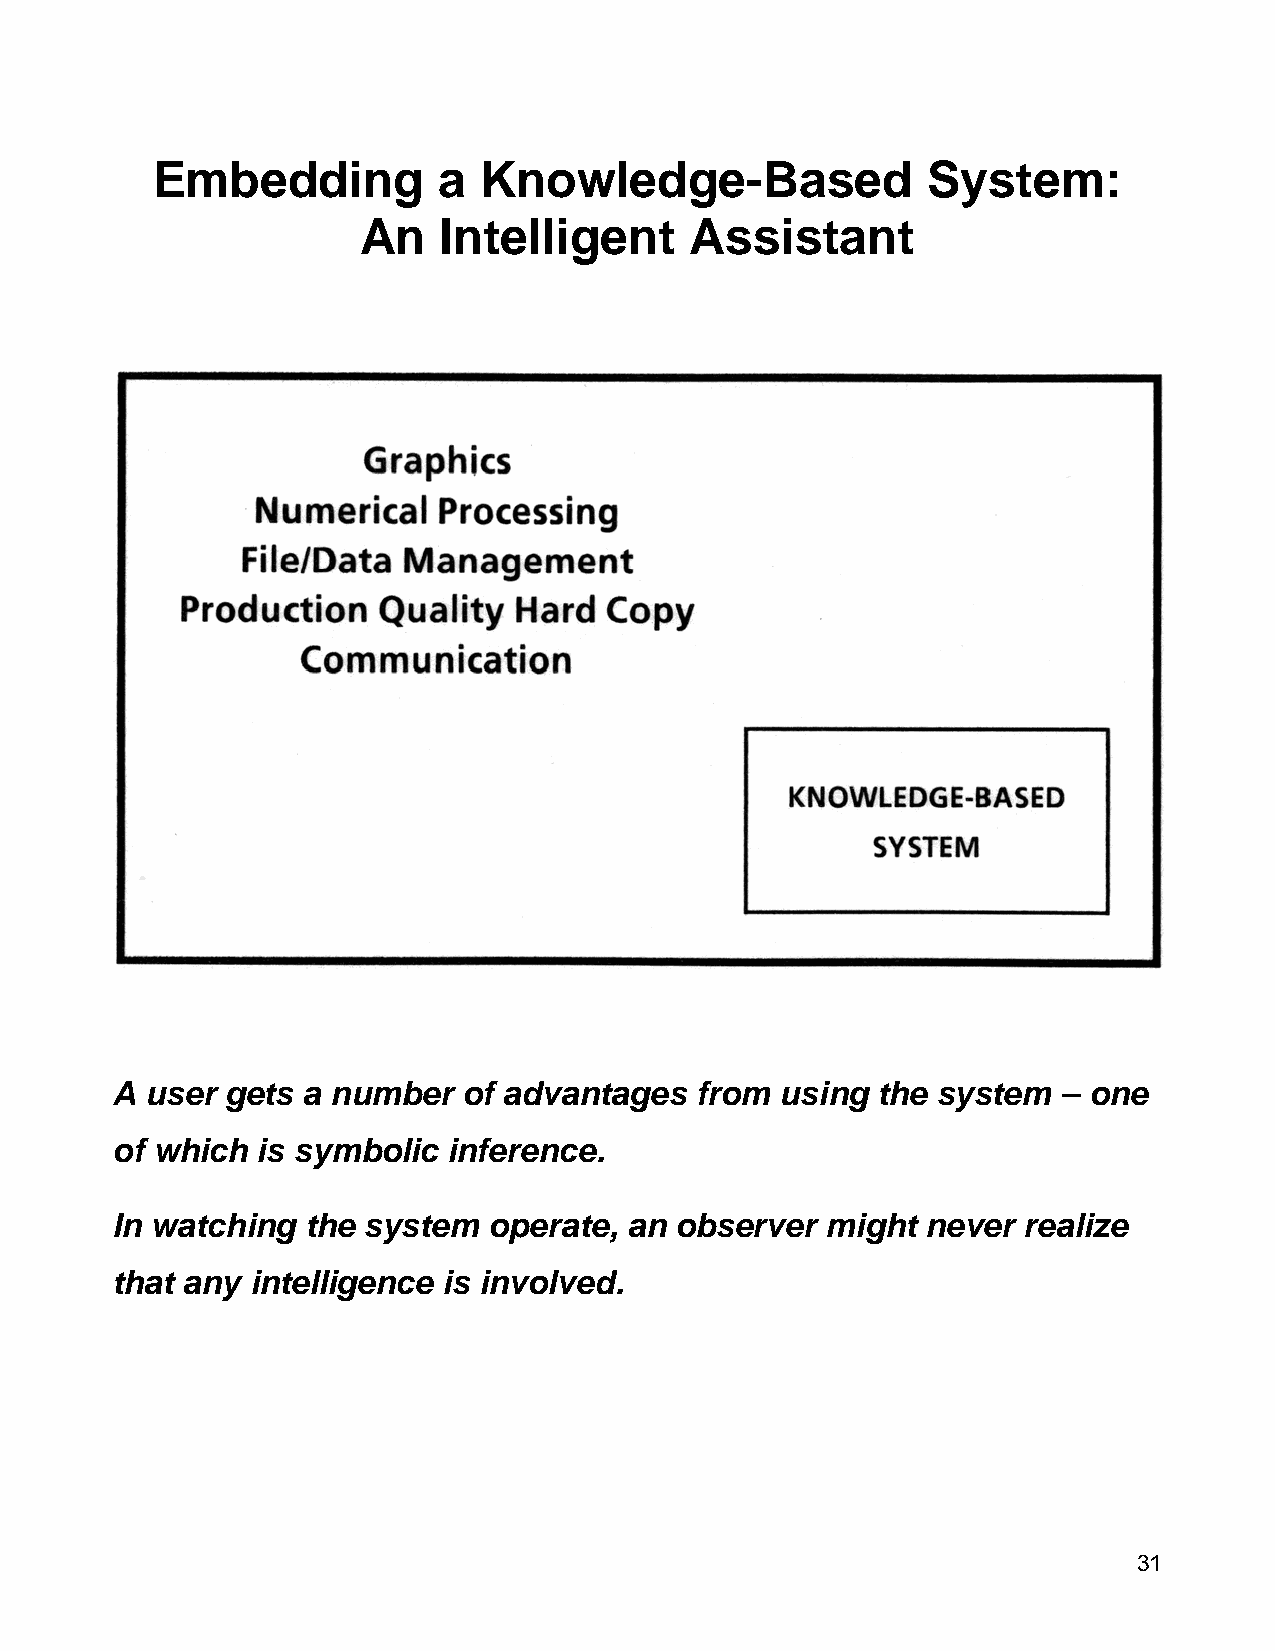
Embedding          a  Knowledge-Based              System:
 An   Intelligent      Assistant
 A  user gets a number   of advantages  from  using the system  – one
 of which  is symbolic  inference.
 In watching  the system  operate,  an observer  might never  realize
 that any  intelligence is involved.
 31